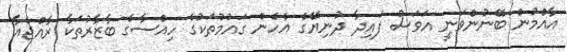
އާއްމުން ބޭނުންވަނީ އަވަސް ފައިދާ ދުނިޔޭގެ އެހެން ގައުމުތަކުގެ ހިއްސާގެ ބާޒާރުތަކާ ރާއްޖެއާ